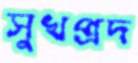
সুখপ্রদ